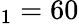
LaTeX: _1=60